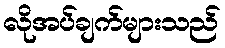
လိုအပ်ချက်များသည်